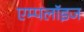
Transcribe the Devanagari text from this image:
एम्पलॉइज